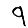
Digit: 9